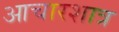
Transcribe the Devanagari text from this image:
आचारशात्र